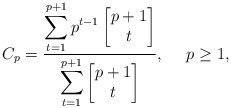
\begin{align*}C_p = \frac{\displaystyle \sum_{t=1}^{p+1} p^{t-1} \begin{bmatrix} p+1 \\ t \end{bmatrix}}{\displaystyle \sum_{t=1}^{p+1} \begin{bmatrix} p+1 \\ t \end{bmatrix}}, \quad\,\, p \geq 1,\end{align*}